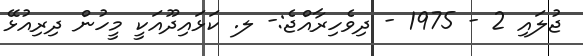
ޖުލައި 2 - 1975 - ދިވެހިރާއްޖެ:- ލ. ކަޅައިދޫއަކީ މީހުން ދިރިއުޅޭ